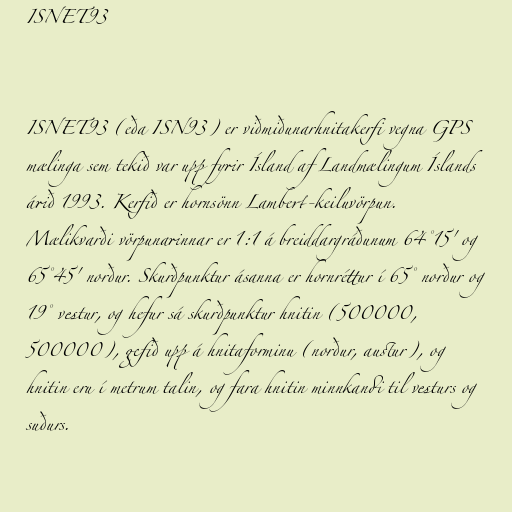
ISNET93

ISNET93 (eða ISN93) er viðmiðunarhnitakerfi vegna GPS
mælinga sem tekið var upp fyrir Ísland af Landmælingum Íslands
árið 1993. Kerfið er hornsönn Lambert-keiluvörpun.
Mælikvarði vörpunarinnar er 1:1 á breiddargráðunum 64°15' og
65°45' norður. Skurðpunktur ásanna er hornréttur í 65° norður og
19° vestur, og hefur sá skurðpunktur hnitin (500000,
500000), gefið upp á hnitaforminu (norður, austur), og
hnitin eru í metrum talin, og fara hnitin minnkandi til vesturs og
suðurs.